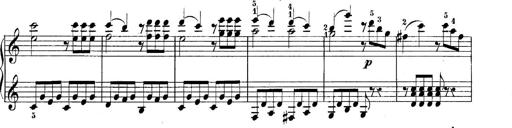
Title: 10 Sonatines progressives
Composer: Anton Schmoll